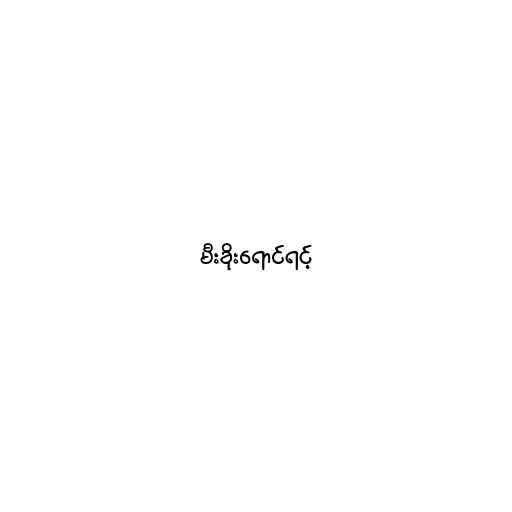
မီးခိုးရောင်ရင့်